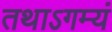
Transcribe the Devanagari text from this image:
तथाऽगम्यं